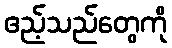
ဧည့်သည်တွေကို